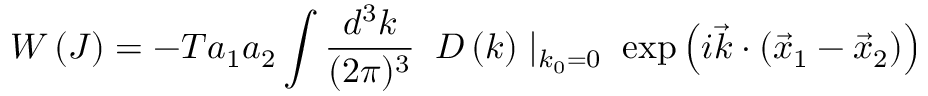
W \left( J \right) = - T a _ { 1 } a _ { 2 } \int { \frac { d ^ { 3 } k } { ( 2 \pi ) ^ { 3 } } } \; \; D \left( k \right) \mid _ { k _ { 0 } = 0 } \; \exp \left( i { \vec { k } } \cdot \left( { \vec { x } } _ { 1 } - { \vec { x } } _ { 2 } \right) \right)